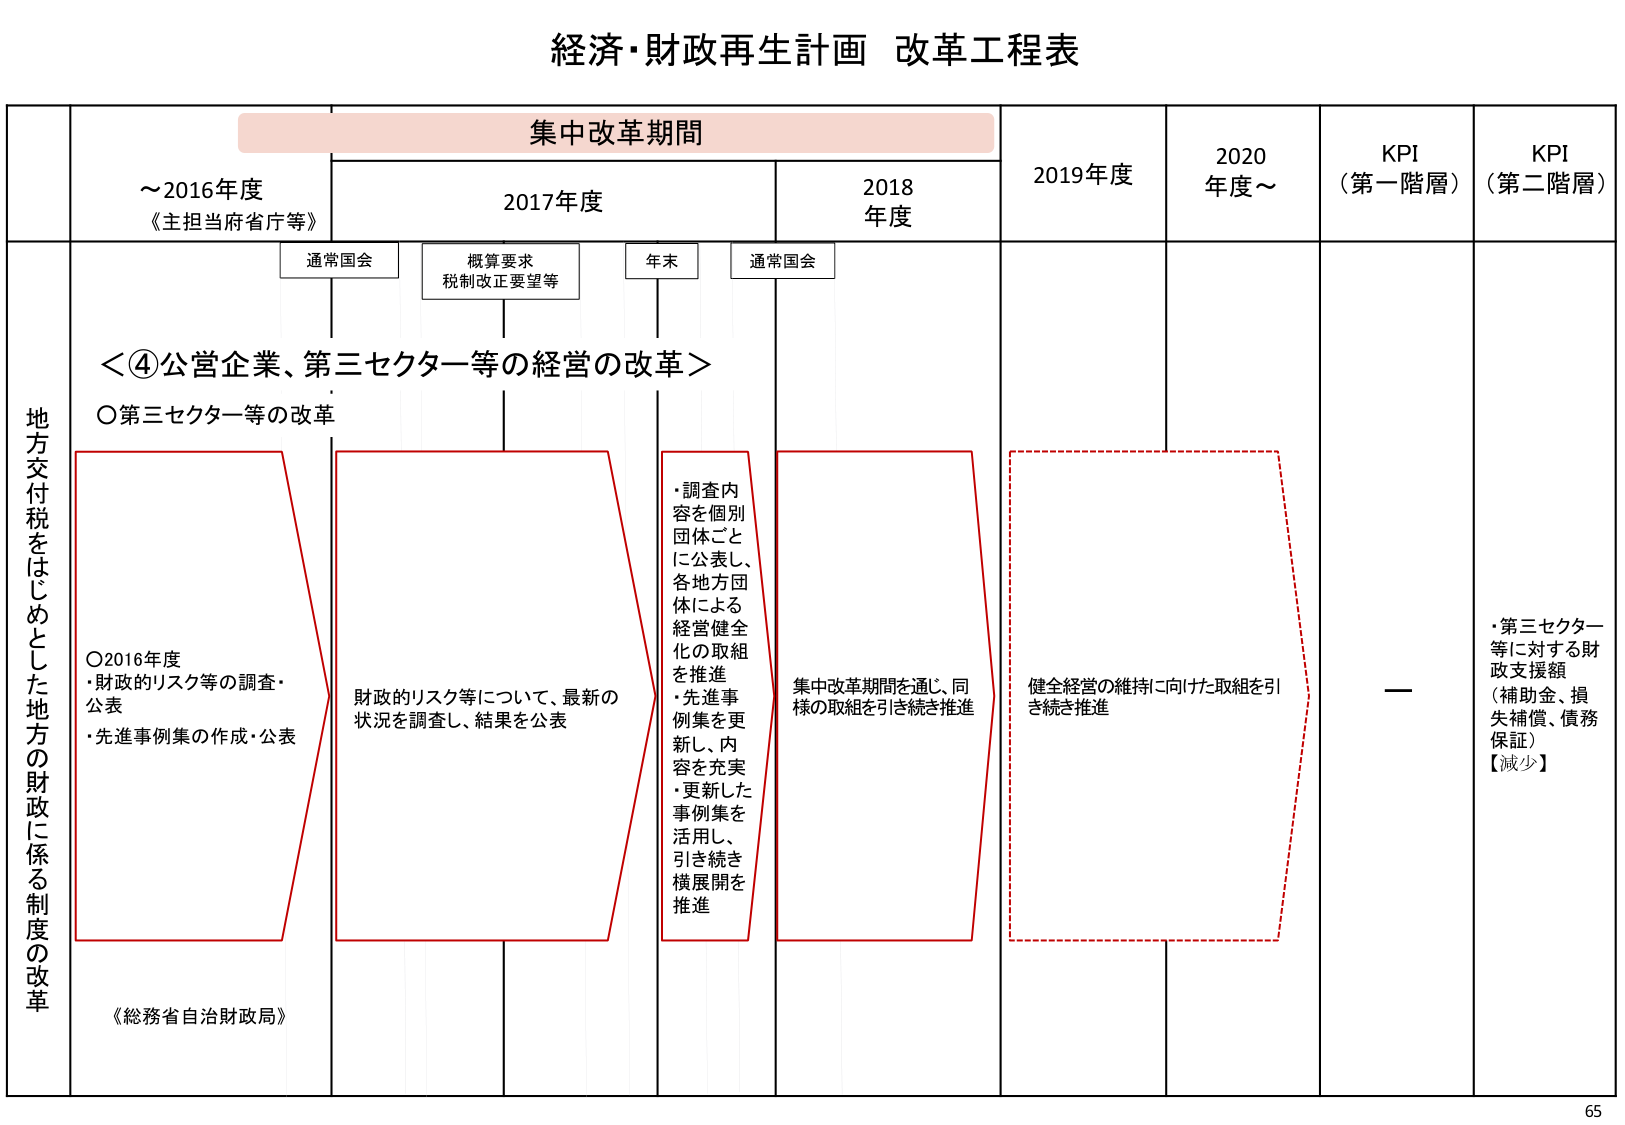
経済・財政再生計画 改革工程表

集中改革期間

～2016年度
《主担当府省庁等》

2017年度

2018年度

2019年度

2020年度～

KPI
（第一階層）

KPI
（第二階層）

通常国会

概算要求
税制改正要望等

年末

通常国会

＜④公営企業、第三セクター等の経営の改革＞

○第三セクター等の改革

地方交付税をはじめとした地方の財政に係る制度の改革

○2016年度
・財政的リスク等の調査・公表
・先進事例集の作成・公表

財政的リスク等について、最新の状況を調査し、結果を公表

・調査内容を個別団体ごとに公表し、各地方団体による経営健全化の取組を推進
・先進事例集を更新し、内容を充実
・更新した事例集を活用し、引き続き横展開を推進

集中改革期間を通じ、同様の取組を引き続き推進

健全経営の維持に向けた取組を引き続き推進

《総務省自治財政局》

・第三セクター等に対する財政支援額
（補助金、損失補償、債務保証）
【減少】

65